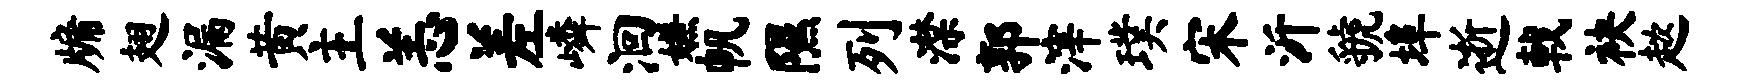
牖翅漏黄主恙差嶙洄嫌帆隰列潸郭滓璞宋沂虢埠逝戟袂趑